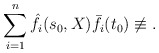
\begin{align*}\sum_{i=1}^n \hat f_i(s_0, X) \bar f_i(t_0) \not\equiv .\end{align*}